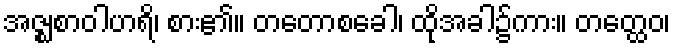
အဇ္ဈစာဝါဟရိ၊ စား၏။ တတောစခေါ၊ ထိုအခါ၌ကား။ တတ္ထေဝ၊